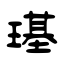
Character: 璂